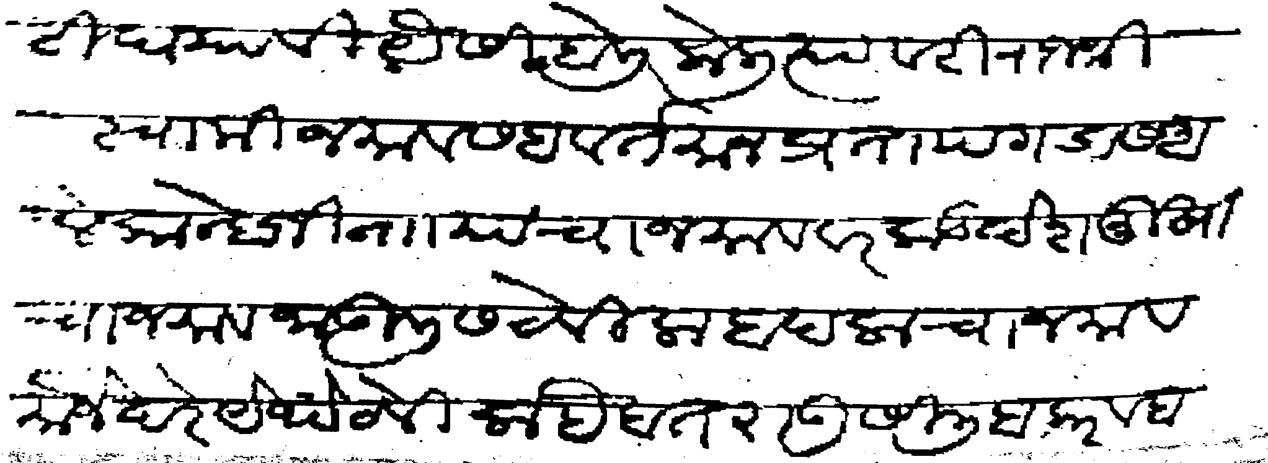
Transliteration (Devanagari): भेटी द्यावी यैसी बोली केली त्यावरी राजश्री स्वामी जमावासह वर्तमान प्रतापगडास आले कान्होजी नाा यांचा जमाव वरकड देशमुखाचा जमाव जाऊलीस ठेविला बादलाचा जमाव मौजे दरे येथे ठेविला हैबतराऊ सिलिबकर व